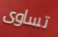
تساوى